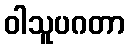
ဝါသူပဂတာ